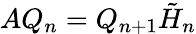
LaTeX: AQ_{n}=Q_{n+1}{\tilde{H}}_{n}